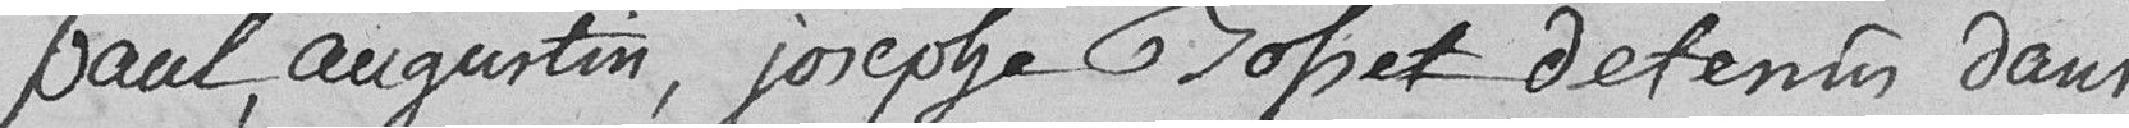
Paul augustin, josephe Grosset détenus dans